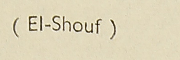
(El- Shouf)